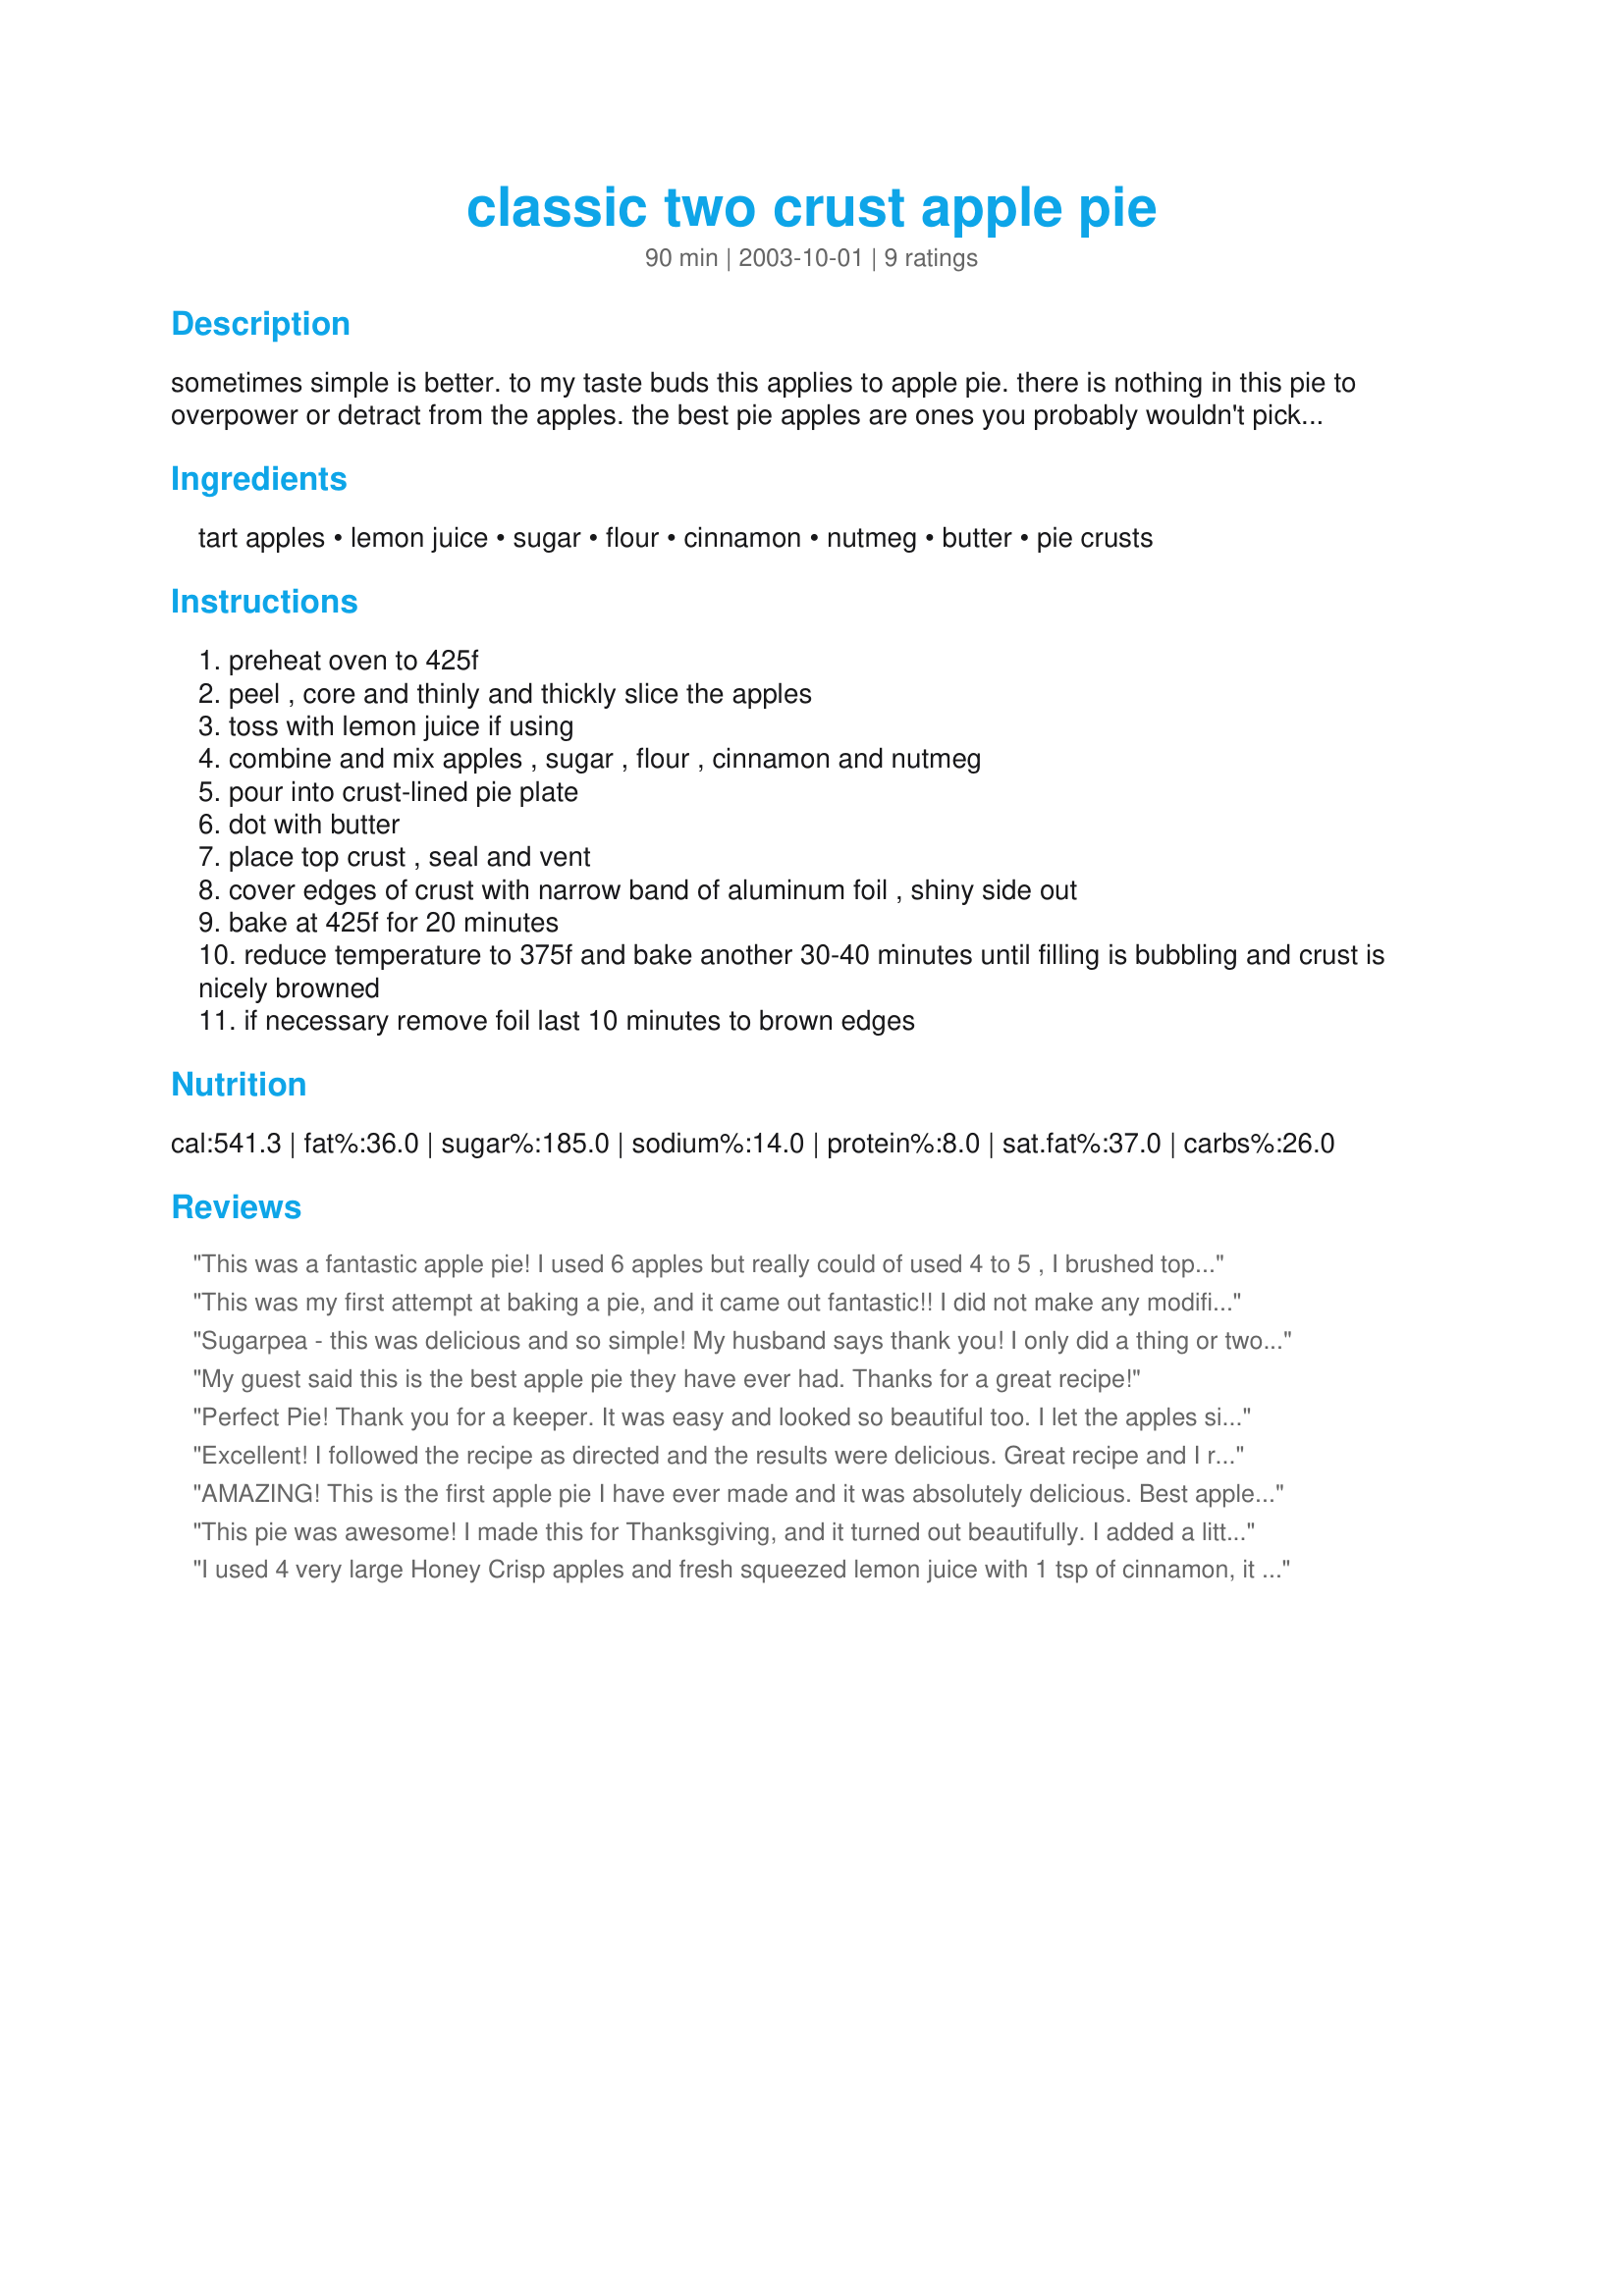
classic two crust apple pie
Preparation time: 90 minutes

sometimes simple is better. to my taste buds this applies to apple pie. there is nothing in this pie to overpower or detract from the apples. the best pie apples are ones you probably wouldn't pick to eat out-of-hand. for most people, they're too tart and too hard. use those for your pies. prep time does not include making pie crust.

Ingredients:
tart apples, lemon juice, sugar, flour, cinnamon, nutmeg, butter, pie crusts

Steps:
preheat oven to 425f
peel , core and thinly and thickly slice the apples
toss with lemon juice if using
combine and mix apples , sugar , flour , cinnamon and nutmeg
pour into crust-lined pie plate
dot with butter
place top crust , seal and vent
cover edges of crust with narrow band of aluminum foil , shiny side out
bake at 425f for 20 minutes
reduce temperature to 375f and bake another 30-40 minutes until filling is bubbling and crust is nicely browned
if necessary remove foil last 10 minutes to brown edges

Reviews:
This was a fantastic apple pie! I used 6 apples but really could of used 4 to 5 , I brushed top of pie with alittle milk than used recipe#41463 for coating the top of the pie. I also used fresh lemon juice to toss in the apples. Sprinkled alittle ground cloves in the apple mixture. The flavor was awesome! I also used the foil around edge of the pie while baking. Only problem I had was the crust sorta stuck to the foil. Next time I will spray the foil before placing around the pie edges.
Thanks for sharing this delicious recipe!!
This was my first attempt at baking a pie, and it came out fantastic!! I did not make any modifications at all. Thank you. It was a hit!
Sugarpea - this was delicious and so simple! My husband says thank you! I only did a thing or two differently. First of all, I added a Tbs of cinnimon because my husband LOVES cinnamon. I also brushed the crust with a little bit of milk and sprinkled cinnamon sugar on the top. I used crust recipe #10830 and made the Butter Crust. 4-5 Granny Smith Apples worked perfectly for this pie.
Thanks for sharing this simple and tasty recipe!
My guest said this is the best apple pie they have ever had. Thanks for a great recipe!
Perfect Pie! Thank you for a keeper. It was easy and looked so beautiful too. I let the apples sit in the fridge cut up with lemon juice on them for about an hour. It made the pie extra fresh tasting.
Excellent! I followed the recipe as directed and the results were delicious. Great recipe and I received many compliments from my guests.
AMAZING! This is the first apple pie I have ever made and it was absolutely delicious. Best apple pie ever. The only thing I changed (which was probably not necessary), was that I put 3/4 cup white sugar and 1/4 cup brown sugar. LOVED IT! Thanks for posting it.
This pie was awesome! I made this for Thanksgiving, and it turned out beautifully. I added a little more cinnamon than called for, simply because we enjoy it. It was served warm out of the oven with whpped cream to our guests and got rave reviews. Thanks for posting! :)
I used 4 very large Honey Crisp apples and fresh squeezed lemon juice with 1 tsp of cinnamon, it was the absolute best pie I have every made.
